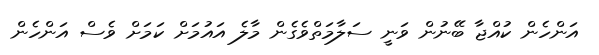
އަންހެން ކުއްޖާ ބޭނުން ވަނީ ސަލާމަތްވެގެން މާލެ އައުމަށް ކަމަށް ވެސް އަންހެން